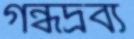
গন্ধদ্রব্য